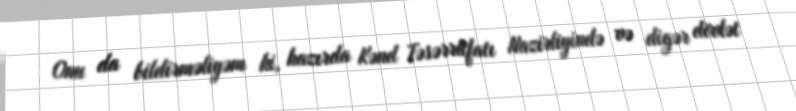
Onu da bildirməliyəm ki, hazırda Kənd Təsərrüfatı Nazirliyində və digər dövlət